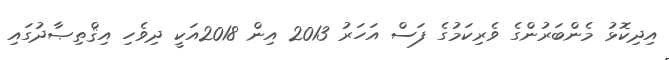
އިދިކޮޅު މެންބަރުންގެ ވެރިކަމުގެ ފަސް އަހަރު 2013 އިން 2018އަކީ ދިވެހި އިޤްތިޞާދުގައި